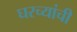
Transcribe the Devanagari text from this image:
घरच्यांची